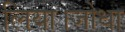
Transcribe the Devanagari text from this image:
लिया।जोधा